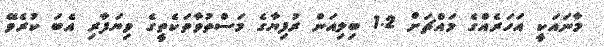
މާނައަކީ އަހަރެއްގެ މައްޗަށް 1.2 ބިލިއަން ރުފިޔާގެ މަސްތުވާތަކެތީގެ ވިޔަފާރި އެބަ ކުރެވޭ